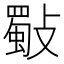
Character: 斀